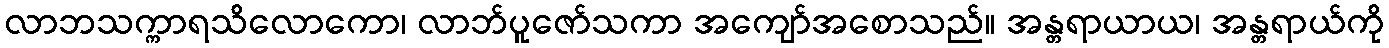
လာဘသက္ကာရသိလောကော၊ လာဘ်ပူဇော်သကာ အကျော်အစောသည်။ အန္တရာယာယ၊ အန္တရာယ်ကို